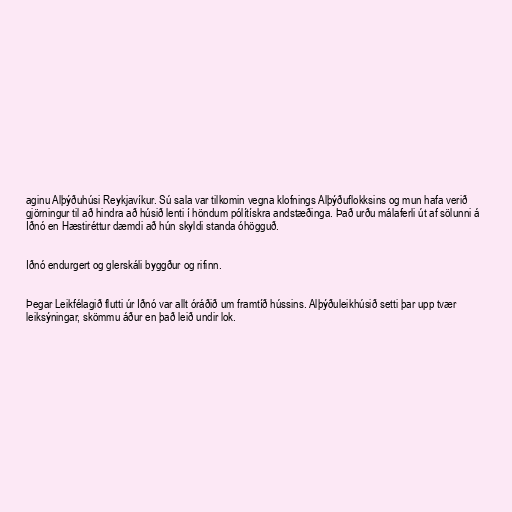
aginu Alþýðuhúsi Reykjavíkur. Sú sala var tilkomin vegna klofnings Alþýðuflokksins og mun hafa verið
gjörningur til að hindra að húsið lenti í höndum pólítískra andstæðinga. Það urðu málaferli út af sölunni á
Iðnó en Hæstiréttur dæmdi að hún skyldi standa óhögguð.

Iðnó endurgert og glerskáli byggður og rifinn.

Þegar Leikfélagið flutti úr Iðnó var allt óráðið um framtíð hússins. Alþýðuleikhúsið setti þar upp tvær
leiksýningar, skömmu áður en það leið undir lok.